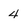
Character: 4